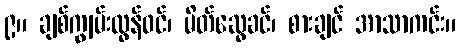
၉။ ချစ်ကျွမ်းလွန်ဝင်၊ မိတ်ဆွေခင်၊ စားချင် အာသာကင်း။